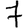
Digit: 7